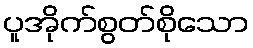
ပူအိုက်စွတ်စိုသော